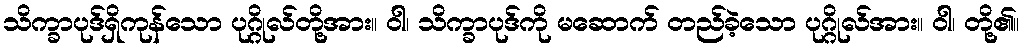
သိက္ခာပုဒ်ရှိကုန်သော ပုဂ္ဂိုလ်တို့အား။ ဝါ၊ သိက္ခာပုဒ်ကို မဆောက် တည်ခဲ့သော ပုဂ္ဂိုလ်အား။ ဝါ၊ တို့၏။